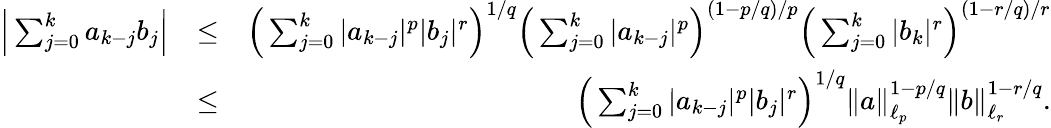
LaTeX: \begin{array}{rlr}{\Big|\sum_{j=0}^{k}a_{k-j}b_{j}\Big|}&{\leq}&{\Big(\sum_{j=0}^{k}|a_{k-j}|^{p}|b_{j}|^{r}\Big)^{1/q}\Big(\sum_{j=0}^{k}|a_{k-j}|^{p}\Big)^{(1-p/q)/p}\Big(\sum_{j=0}^{k}|b_{k}|^{r}\Big)^{(1-r/q)/r}}\\ &{\leq}&{\Big(\sum_{j=0}^{k}|a_{k-j}|^{p}|b_{j}|^{r}\Big)^{1/q}\| a\| _{\ell_{p}}^{1-p/q}\| b\| _{\ell_{r}}^{1-r/q}.}\end{array}